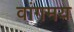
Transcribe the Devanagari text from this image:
वांगमय